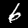
Label: 6